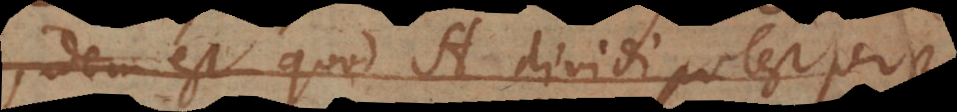
idem est quod A dividi potest per